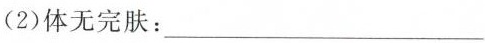
(2)体无完肤：___